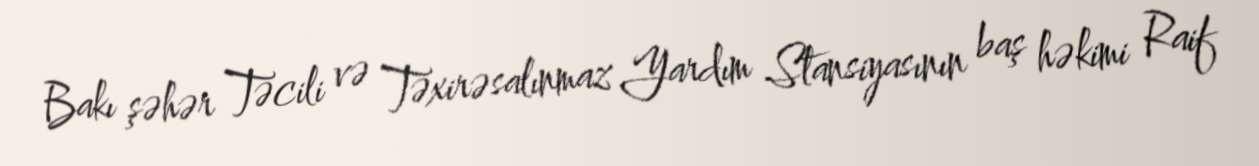
Bakı şəhər Təcili və Təxirəsalınmaz Yardım Stansiyasının baş həkimi Raif